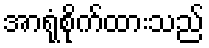
အာရုံစိုက်ထားသည်